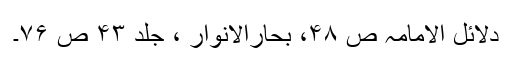
دلائل الامامہ ص ۴۸، بحارالانوار ، جلد ۴۳ ص ۷۶۔